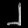
Digit: ၂